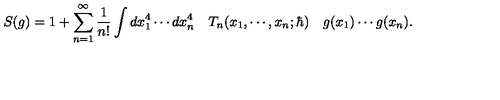
S ( g ) = 1 + \sum _ { n = 1 } ^ { \infty } \frac { 1 } { n ! } \int d x _ { 1 } ^ { 4 } \cdots d x _ { n } ^ { 4 } \quad T _ { n } ( x _ { 1 } , \cdots , x _ { n } ; \hbar ) \quad g ( x _ { 1 } ) \cdots g ( x _ { n } ) .